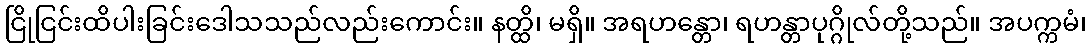
ငြိုငြင်းထိပါးခြင်းဒေါသသည်လည်းကောင်း။ နတ္ထိ၊ မရှိ။ အရဟန္တော၊ ရဟန္တာပုဂ္ဂိုလ်တို့သည်။ အပက္ကမံ၊